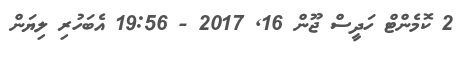
2 ކޮމެންޓް ހަދީސް ޖޫން 16